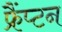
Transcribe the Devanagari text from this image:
फ्रैंप्टन